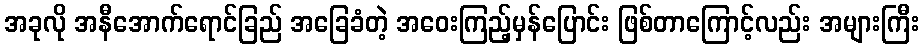
အခုလို အနီအောက်ရောင်ခြည် အခြေခံတဲ့ အဝေးကြည့်မှန်ပြောင်း ဖြစ်တာကြောင့်လည်း အများကြီး